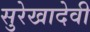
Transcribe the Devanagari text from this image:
सुरेखादेवी